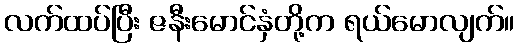
လက်ထပ်ပြီး ဇနီးမောင်နှံတို့က ရယ်မောလျက်။